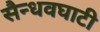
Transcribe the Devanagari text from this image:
सैन्धवघाटी